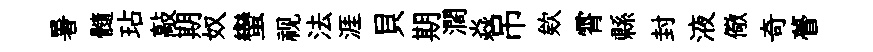
暑髓玷敲期奴蠻视法涯貝期濶焱吊欸霄縣封液儆奇瞢